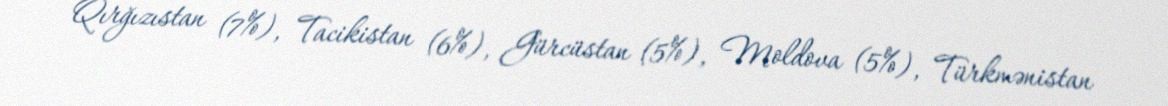
Qırğızıstan (7%), Tacikistan (6%), Gürcüstan (5%), Moldova (5%), Türkmənistan